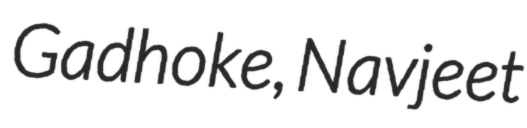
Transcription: Gadhoke, Navjeet